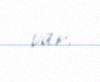
var.